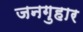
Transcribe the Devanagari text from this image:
जनगुहार